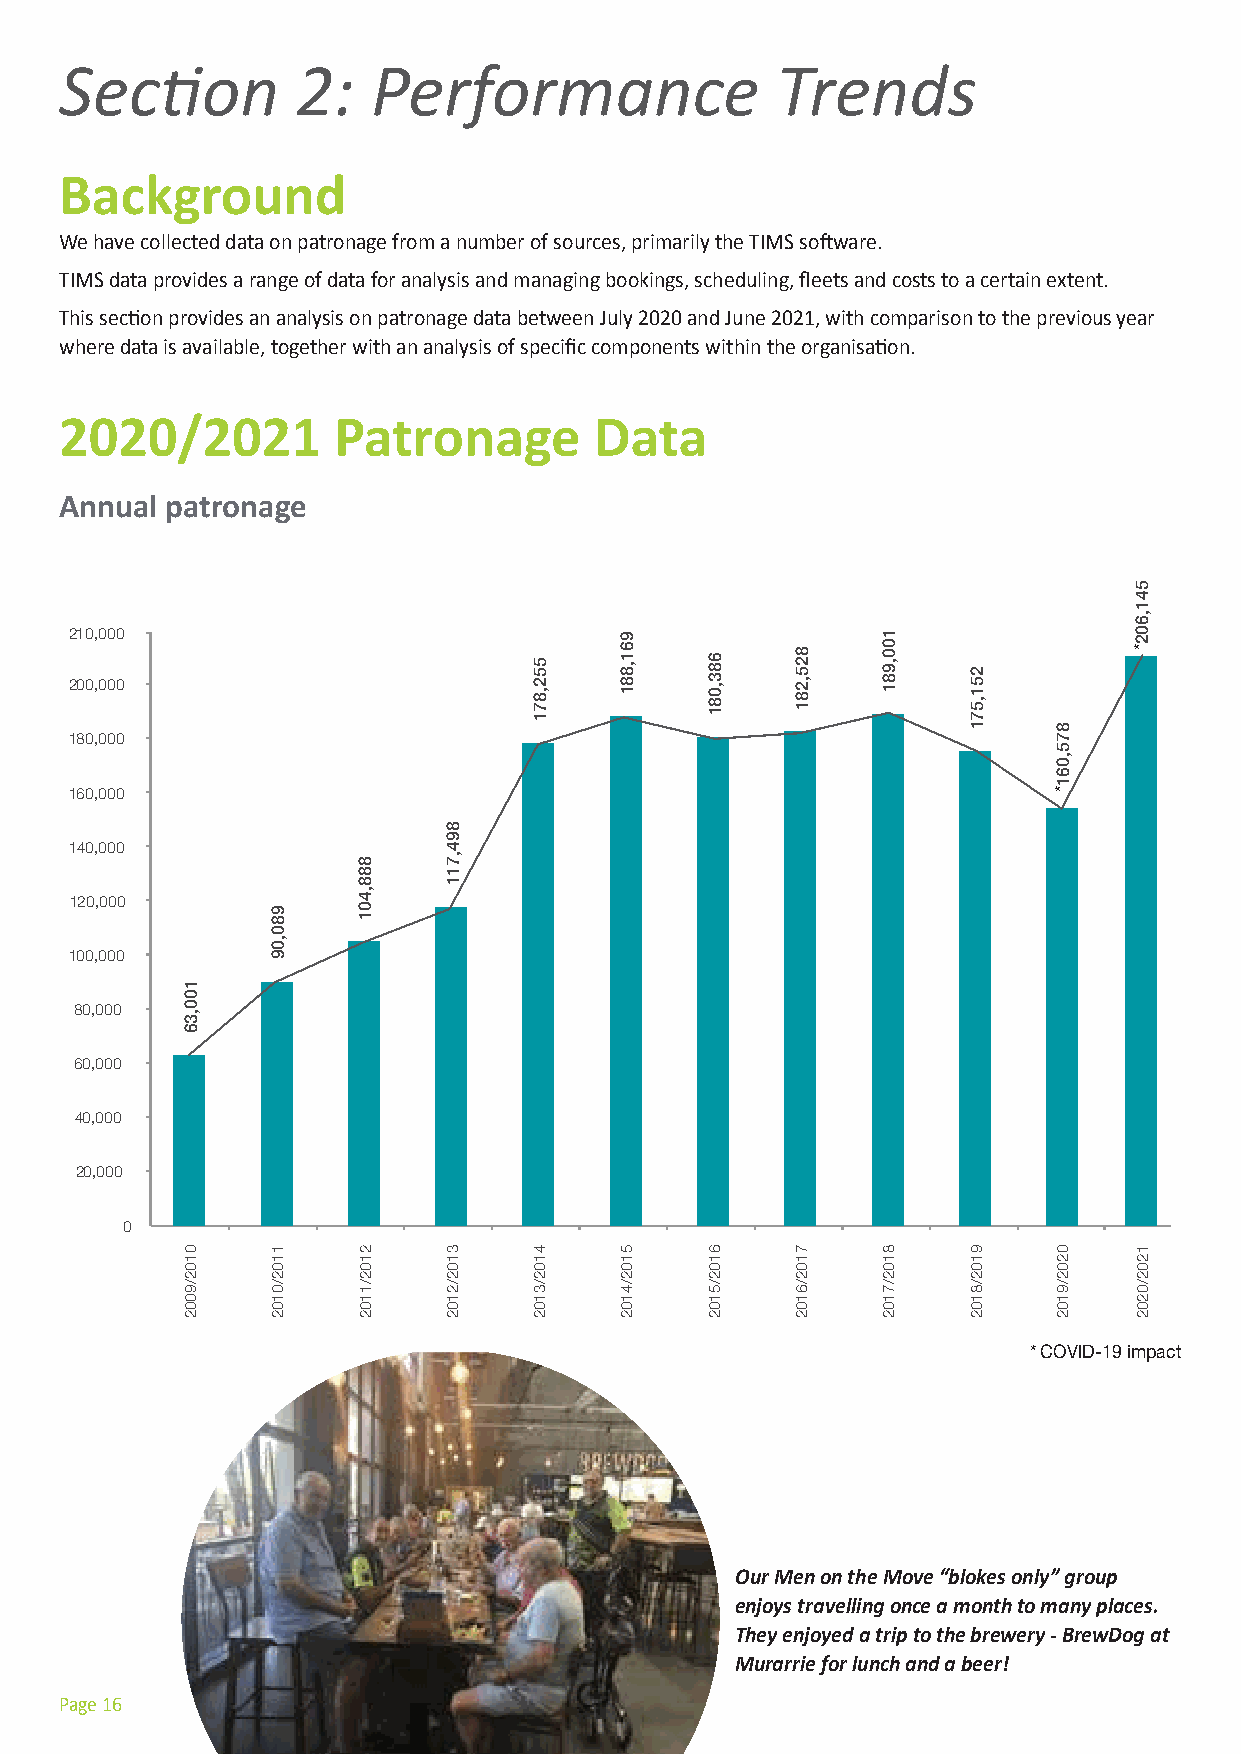
Section         2:   Performance               Trends
 Background
 We have collected data on patronage from a number of sources, primarily the TIMS software.
 TIMS data provides a range of data for analysis and managing bookings, scheduling, fleets and costs to a certain extent.
 This section provides an analysis on patronage data between July 2020 and June 2021, with comparison to the previous year
 where data is available, together with an analysis of specific components within the organisation.
 2020/2021         Patronage        Data
 Annual patronage
 210,000
 200,000
 180,000
 160,000
 140,000
 120,000
 100,000
 80,000
 60,000
 40,000
 20,000
 0
 * COVID-19 impact
 Our Men on the Move “blokes only” group
 enjoys travelling once a month to many places.
 They enjoyed a trip to the brewery - BrewDog at
 Murarrie for lunch and a beer!
 Page 16
 100,36
 0102/9002
 980,09
 1102/0102
 888,401
 2102/1102
 894,711
 3102/2102
 552,871
 4102/3102
 961,881
 5102/4102
 683,081
 6102/5102
 825,281
 7102/6102
 100,981
 8102/7102
 251,571
 9102/8102
 875,061*
 0202/9102
 541,602*
 1202/0202